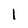
Character: l